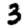
Digit: 3